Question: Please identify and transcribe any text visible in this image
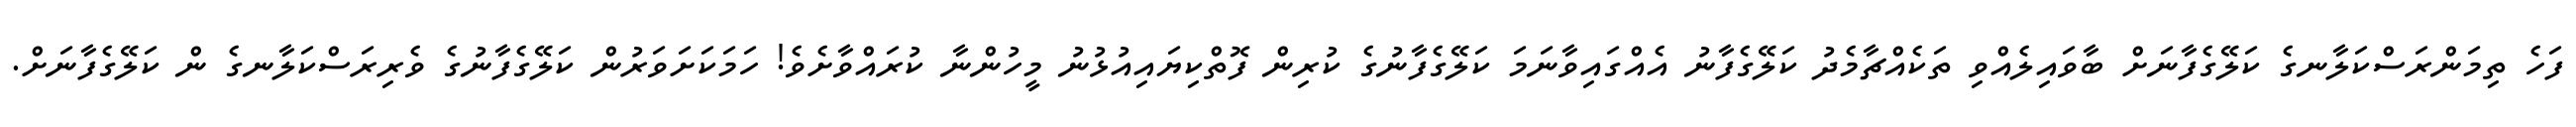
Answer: ފަހެ ތިމަންރަސްކަލާނގެ ކަލޭގެފާނަށް ބާވައިލެއްވި ތަކެއްޗާމެދު ކަލޭގެފާނު އެއްގައިވާނަމަ ކަލޭގެފާނުގެ ކުރިން ފޮތްކިޔައިއުޅުނު މީހުންނާ ކުރައްވާށެވެ! ހަމަކަށަވަރުން ކަލޭގެފާނުގެ ވެރިރަސްކަލާނގެ ން ކަލޭގެފާނަށް.